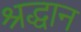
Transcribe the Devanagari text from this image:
श्रद्धान